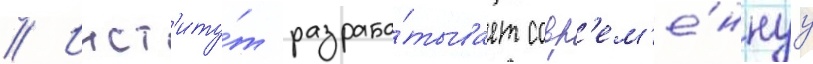
// Инст'иту́т разраба́тывает совр'ем'е́ннуу